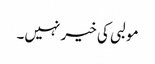
مولبی کی خیر نہیں۔